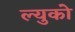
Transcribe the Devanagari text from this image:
ल्युको